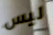
ليس